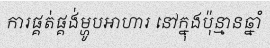
ការផ្គត់ផ្គង់ម្ហូបអាហារ នៅក្នុងប៉ុន្មានឆ្នាំ